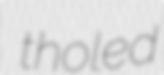
tholed